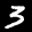
Label: 3